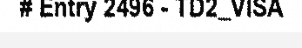
# Entry 2496 - TD2_VISA